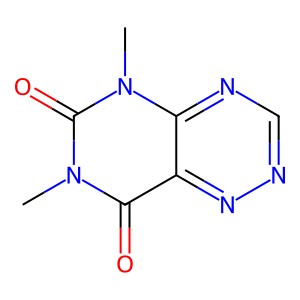
SMILES: Cn1c(=O)c2nncnc2n(C)c1=O
Inhibits HIV replication: No